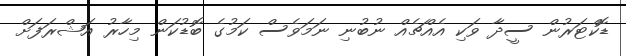
ޑޮކްޓަރުން ސީދާ ވަކި އެއްޗެއް ނުބުނި ނަމަވެސް ކަމުގެ ބޮޑުކަން މިހާރު އަޝްރަފަށް